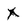
Character: X